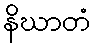
နိဃာတံ